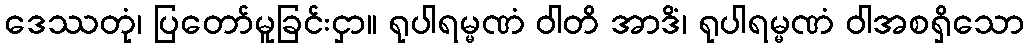
ဒေဿတုံ၊ ပြတော်မူခြင်းငှာ။ ရုပါရမ္မဏံ ဝါတိ အာဒိံ၊ ရုပါရမ္မဏံ ဝါအစရှိသော